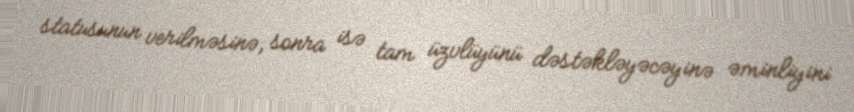
statusunun verilməsinə, sonra isə tam üzvlüyünü dəstəkləyəcəyinə əminliyini